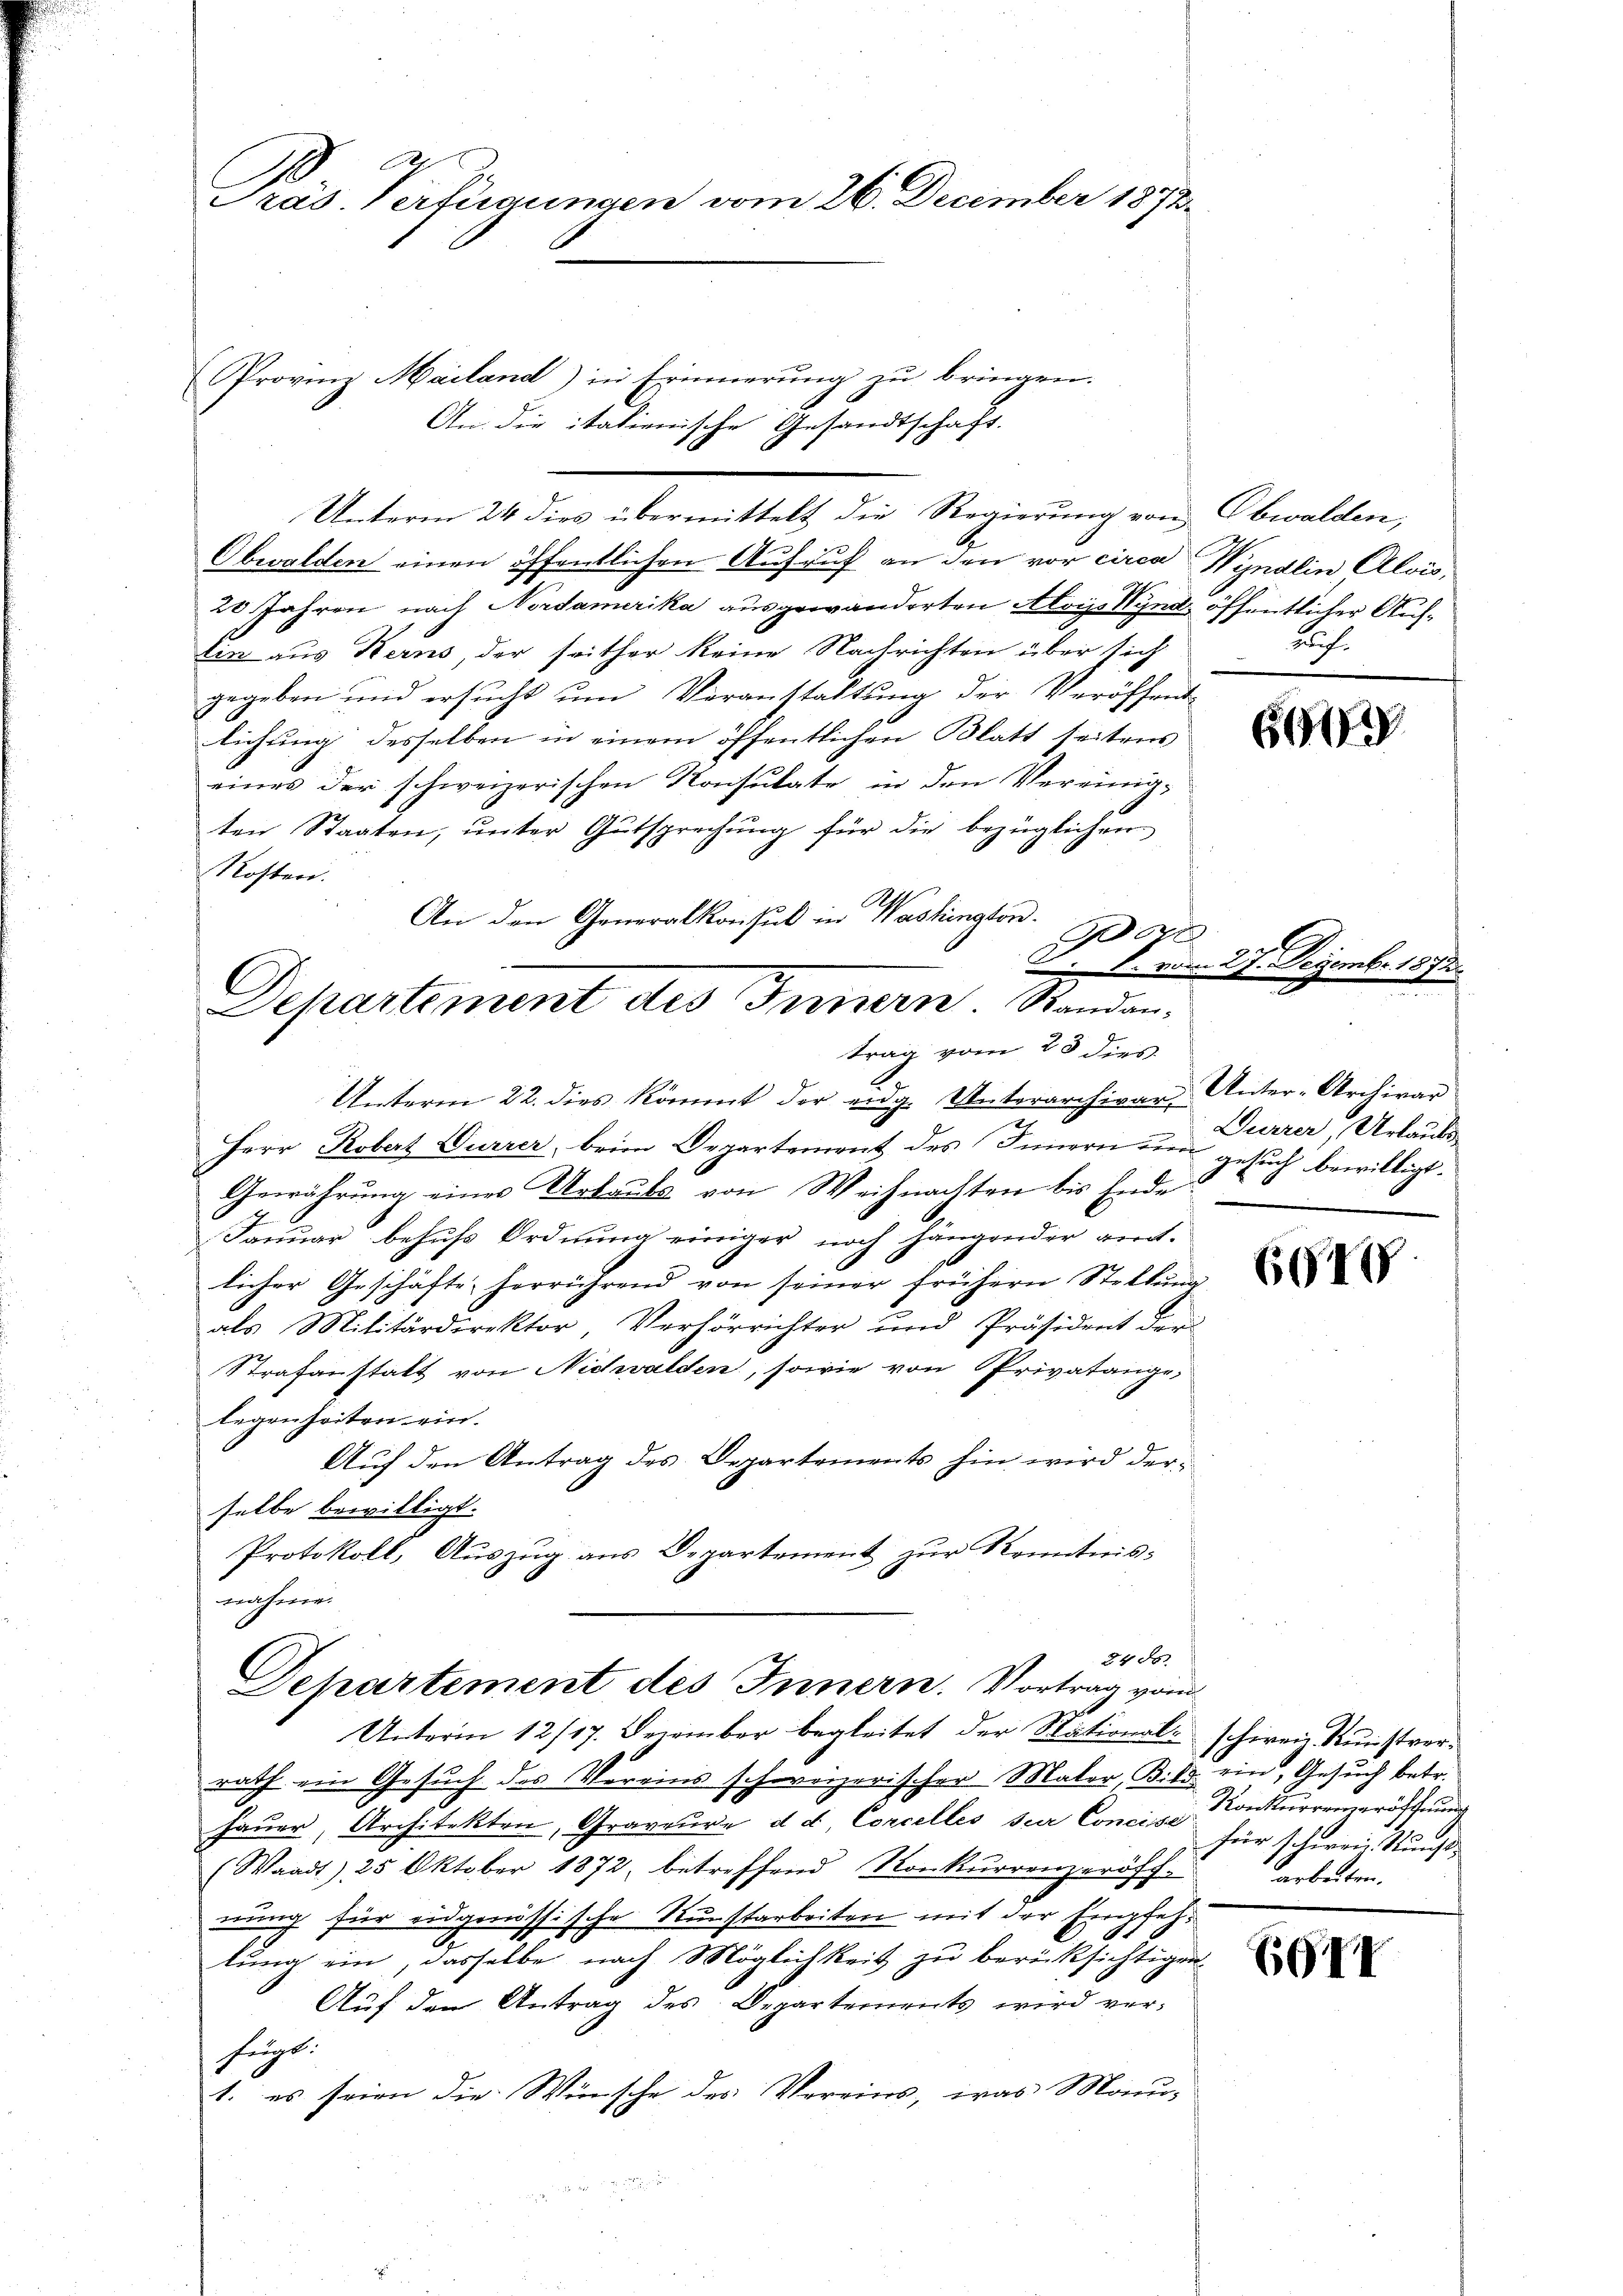
Pras Verfügungen vom 26. December 1872.

Provinz Mailand) in Erinnerung zu bringen.
Obwalden einen öffentlichen Aufruf an den vor circa Wyndlin Alois,
20 Jahren nach Nordamerika ausgewanderten Alois Wynd öffentlicher Auflin aus Kerns, der seither keine Nachrichten über sich
gegeben und ersucht um Veranstaltung der Veröffent-
lichung desselben in einem öffentlichen Blatt seitens
eines der schweizerischen Konsulate in den Vereinig-
ten Staaten, ŭnter Gutsprechŭng für die bezüglichen
Kosten.
An den Generalkonsul in Washington.
Pogl
1. vom 27.

An die italienische Gesandtschaft.
Unterm 24 dies übermittelt die Regierung von Obwalden,

Departement des Innern. Standan-
trag vom 28 dies

Unterm 22. dies kömmt der eidg. Unterarchivar Unter-Archivar
Herr Robert Wurzer, beim Departement des Innern und gesuch bewilligt.
Gewährung eines Urteils von Weihnachten bis Ende
Januar behufs Ordnung einiger noch hängender ver-
licher Geschäfte herrührend von seiner frühern Stellŭng
als Militärdirektor, Verhörrichter und Präsident der
Strafanstatt von Nidwalden, sowie von Privatange-
legenheiten ein.
Aŭf den Antrag des Departements hin wird derselbe bewilligt.
Protokoll, Auszug aus Departement zur Kenntnis-
nahme.
2400
Departement des Innern. Vortrag vom
Unterm 12/17. December begleitet der National. schien Kunstverrath ein Gesuch des Vereins schweizerischer Maler, Bild
Hauer, Architekten, Graveure d. d. Concelles sur Concis Konkurrenzeröffnung
(Waadt) 25 Oktober 1872, betreffend Ronkŭrrenzeröff-
nung für eidgenössische Kunstarbeiten mit der Empfehlung ein, dasselbe nach Möglichkeit zu berücksichtigen.
Auf den Antrag des Departements wird verfügt.
1. es seien die Wünsche des Vereins, was Monu-

ach.

6909.

d

Durrer, Urlaubs

6949

ein, Gesuch betr.
für scheren Kucht,
arbeiten.

EGII

Nr. 187